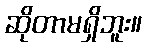
ဆိုတာမရှိဘူး။